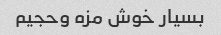
بسیار خوش مزه وحجیم